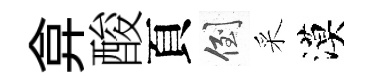
弇酸頁倒采漠